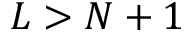
L > N + 1